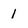
Character: 1